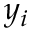
y _ { i }